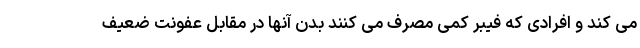
می کند و افرادی که فیبر کمی مصرف می کنند بدن آنها در مقابل عفونت ضعیف